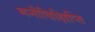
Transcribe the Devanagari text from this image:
मनौविक्षिप्ति